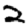
Digit: 2